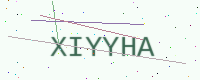
Text: XIYYHA